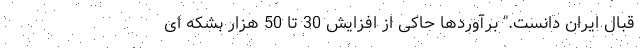
قبال ایران دانست." برآوردها حاکی از افزایش 30 تا 50 هزار بشکه ای